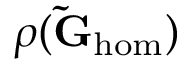
\rho ( \mathbf { \tilde { G } } _ { \mathrm { h o m } } )